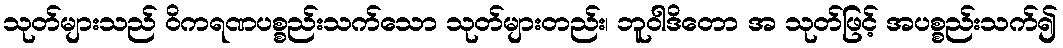
သုတ်များသည် ဝိကရဏပစ္စည်းသက်သော သုတ်များတည်း၊ ဘူဝါဒိတော အ သုတ်ဖြင့် အပစ္စည်းသက်၍